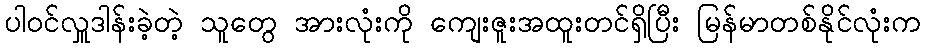
ပါဝင်လှူဒါန်းခဲ့တဲ့ သူတွေ အားလုံးကို ကျေးဇူးအထူးတင်ရှိပြီး မြန်မာတစ်နိုင်လုံးက